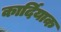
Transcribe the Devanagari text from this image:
कार्दियाक